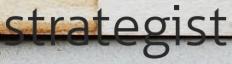
strategist